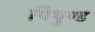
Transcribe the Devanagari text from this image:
पिथुण्ड